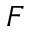
F